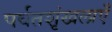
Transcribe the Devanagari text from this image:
पर्वतशृंखलाएँ